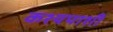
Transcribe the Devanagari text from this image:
कश्यपाशी